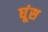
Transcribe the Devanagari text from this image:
घूंस